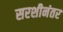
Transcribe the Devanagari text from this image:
सरशीनंतर